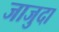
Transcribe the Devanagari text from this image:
जाजुदा